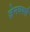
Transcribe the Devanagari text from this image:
ज़ेनवर्क्स